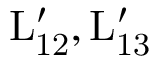
\mathrm { { L } _ { 1 2 } ^ { \prime } , \mathrm { { L } _ { 1 3 } ^ { \prime } } }